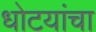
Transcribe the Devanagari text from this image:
धोटयांचा